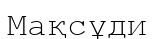
Мақсұди